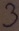
Text: 3